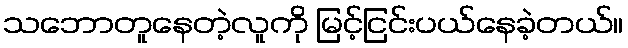
သဘောတူနေတဲ့လူကို မြင့်ငြင်းပယ်နေခဲ့တယ်။